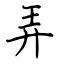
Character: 弄